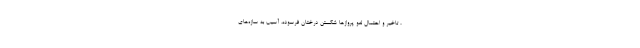
، تاخیر و احتمال لغو پروازها شکستن درختان فرسوده، آسیب به سازه‌های